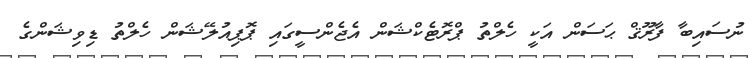
ނުސައިބާ ފާރޫޤް ޙަސަން އަކީ ހެލްތު ޕްރޮޓެކްޝަން އެޖެންސީގައި ޕޮޕިއުލޭޝަން ހެލްތު ޑިވިޝަންގެ